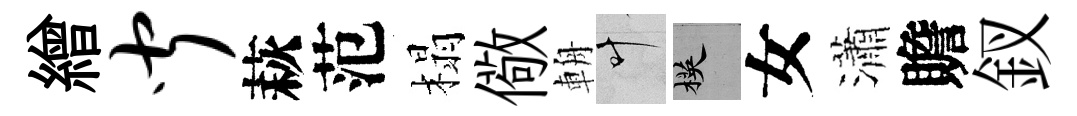
繒闻萩范榻儆輈叶楧女瀟贍釵